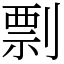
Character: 剽